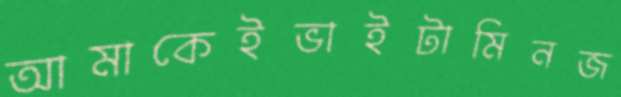
আমাকেইভাইটামিনজ